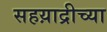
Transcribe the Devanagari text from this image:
सहय़ाद्रीच्या